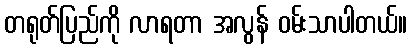
တရုတ်ပြည်ကို လာရတာ အလွန် ဝမ်းသာပါတယ်။